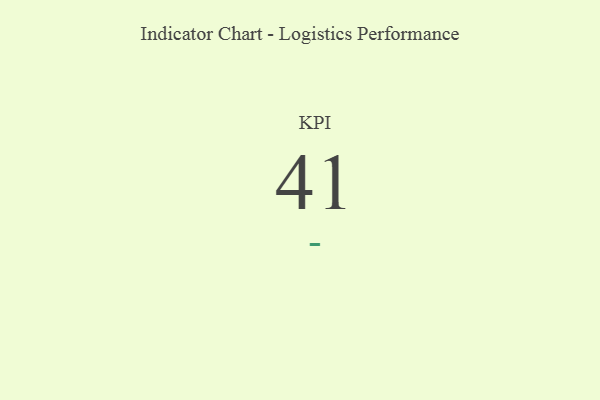
{"axis": {"x": "KPI", "y": "Value"}, "legend": [""], "data": [{"x": "KPI", "y": 41, "type": ""}]}